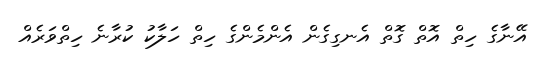
އޭނާގެ ހިތް އޮތް ގޮތް އެނގިގެން އެންމެންގެ ހިތް ހަލާކު ކުރާނެ ހިތްވަރެއް